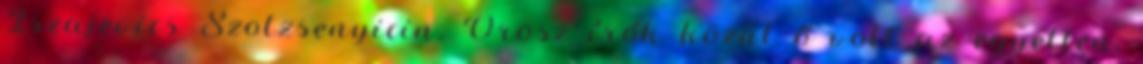
Iszajevics Szolzsenyicin. Orosz írók közül ő volt az egyetlen,